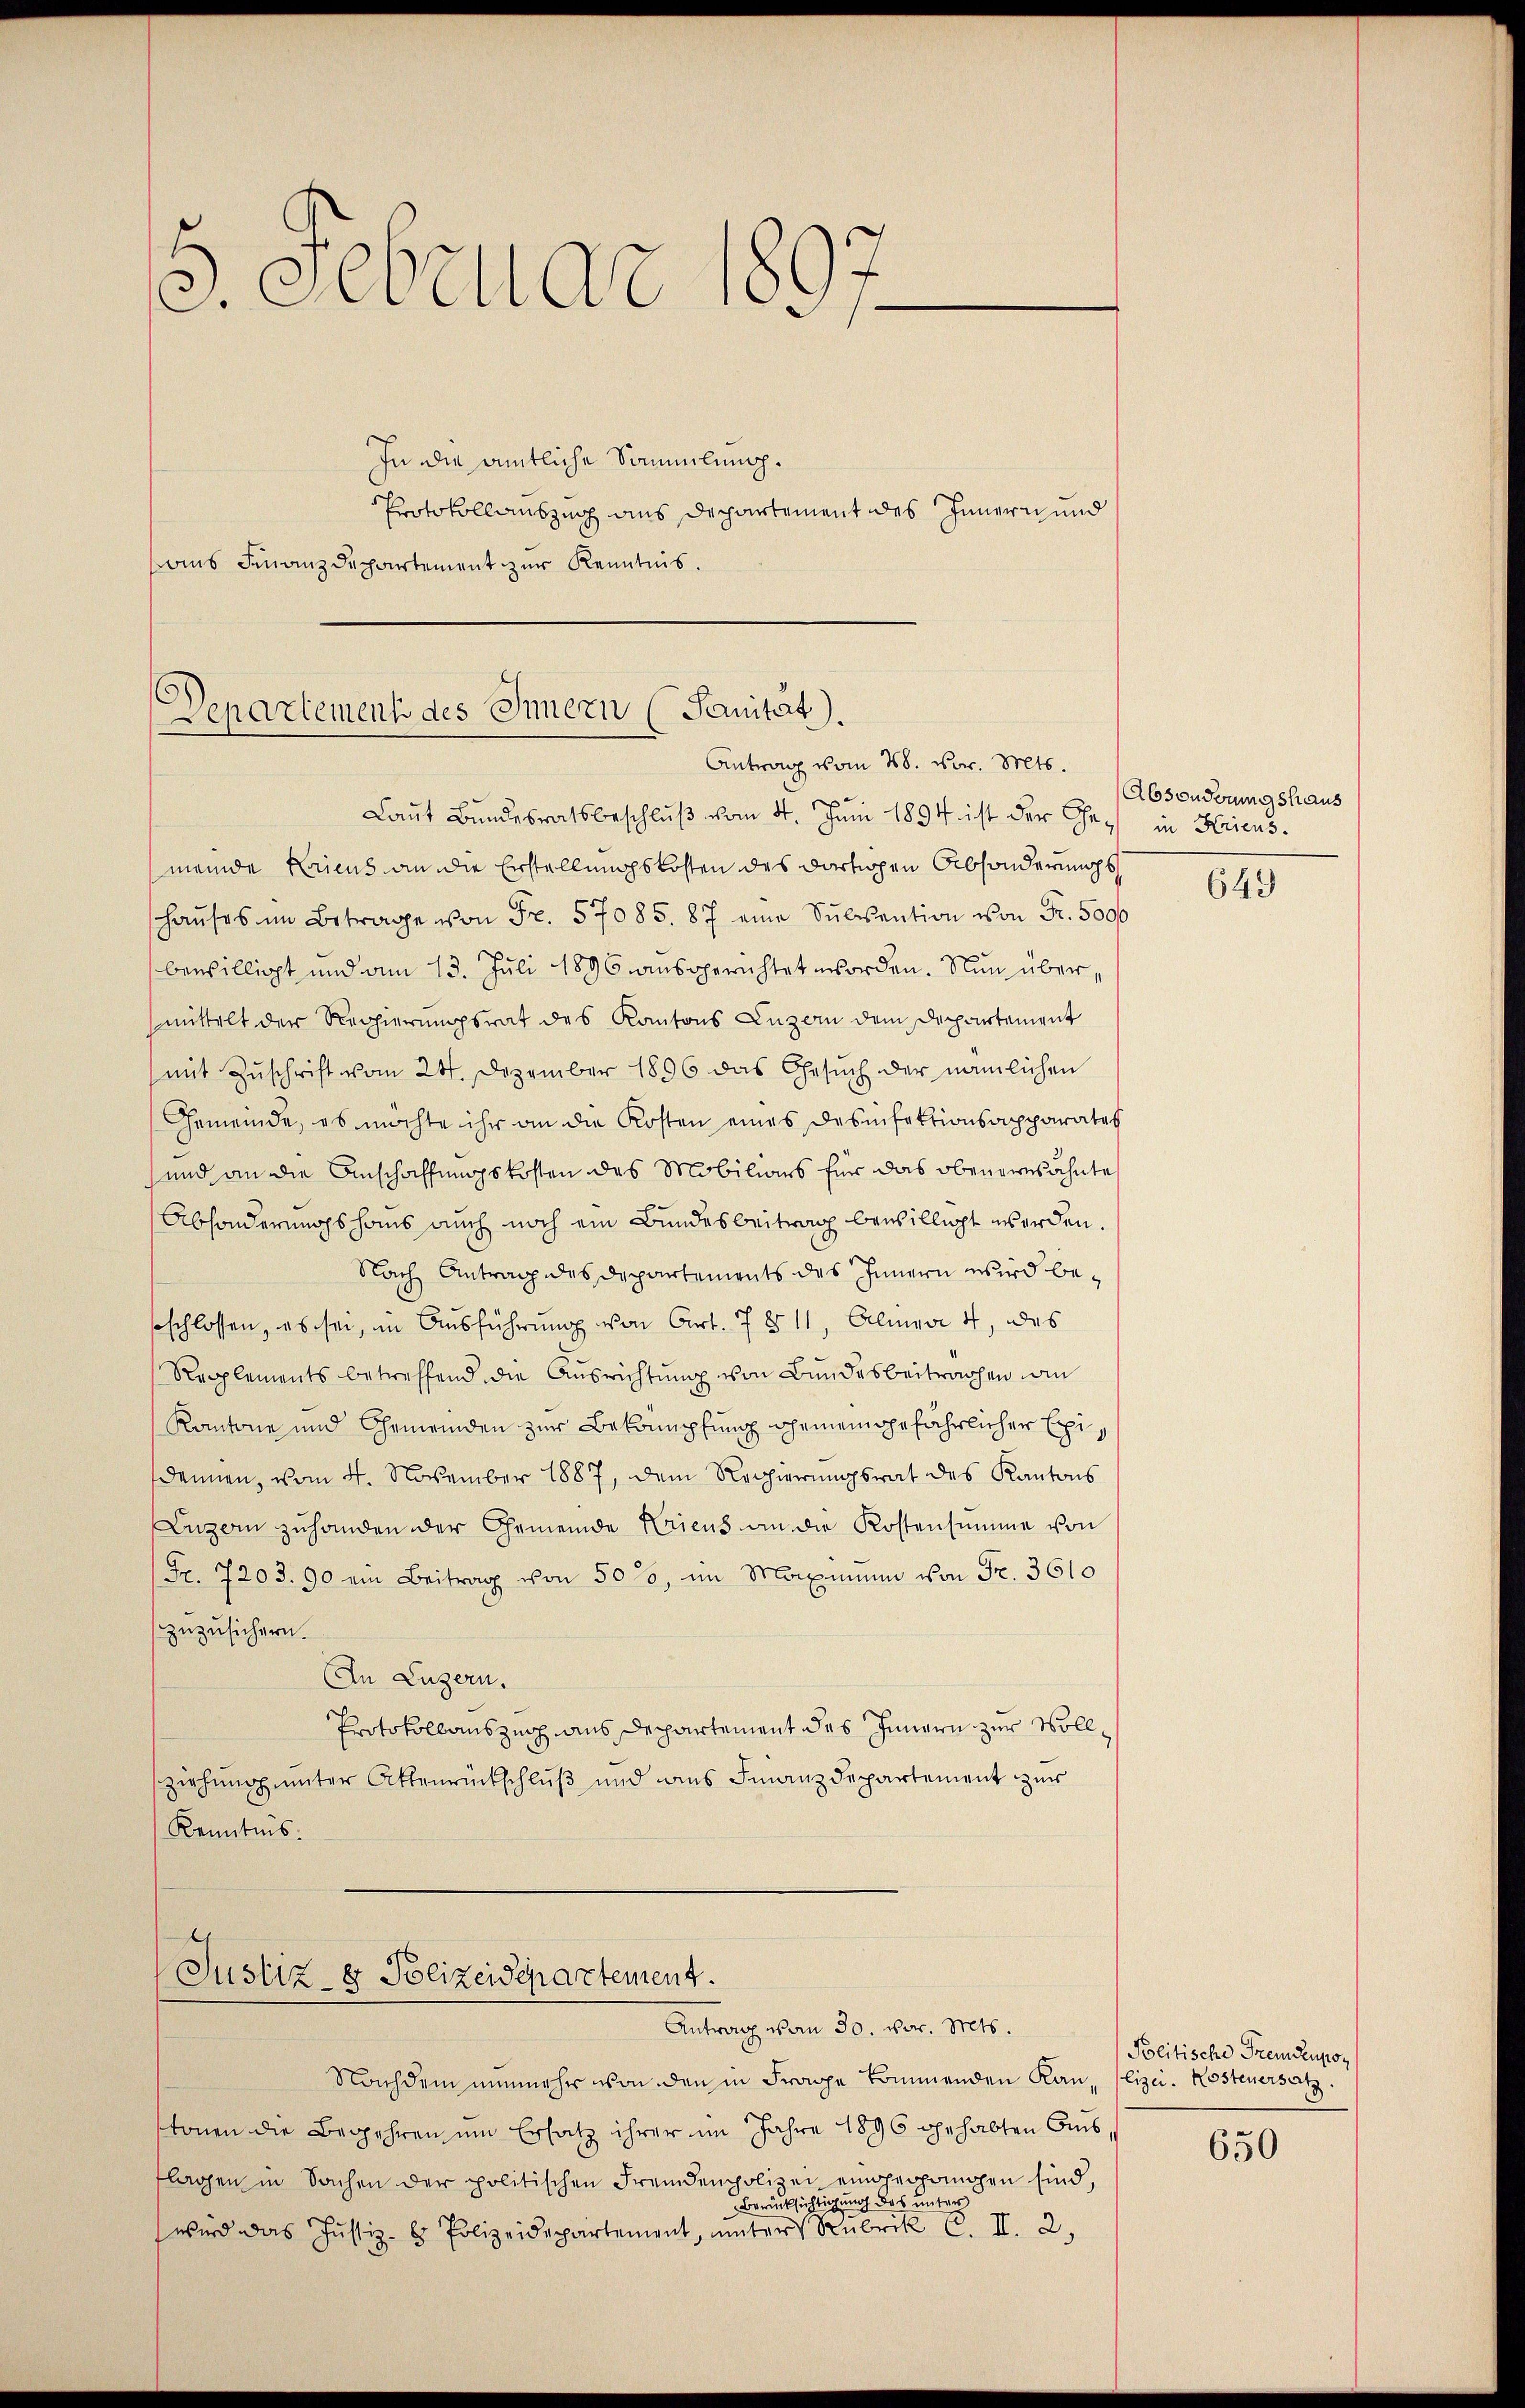
5. Februar 1897
In die amtliche Sammlung.
Protokollauszug aus Departement des Innern und
ans Finanzdepartement zur Kenntnis.

Departement des Innern (Sanitat.
Antrag vom 28. vor. Mts.

Laut Bundesratsbeschluß vom 4. Juni 1894 ist der Gemeinde Kriens an die Erstellungskosten des dartigen Absonderungs
haŭses im Betrage von Fr. 57085. 87 eine Sŭbvention von Fr. 5000
bewilligt und am 13. Juli 1896 ausgerichtet worden. Nun über,
mittelt der Regierungsrat des Kantons Luzern dem Departement
(mit Zuschrift vom 24. Dezember 1896 das Gesŭch der nämlichen
Gemeinde, es möchte ihr an die Kosten eines Desinfektionsapparates
.
und an die Anschaffungskosten des Mobiliars für das obengesähnte
Absonderungshaus auch noch ein Bundesbeitrag bewilligt werden
Nach Antrag des Departements des Innern wird beseschlossen, es sei, in Ausführung von Art. 7 § 11, Alma 4, das
Repplements betreffend die Ausrichtung von Bundesbeitrachen in
Kantone und Gemeinden zur Bekämpfung ehemein gefährlicher Exidenen, vom 4. November 1887, dem Regierungsrat des Kantons
Luzern zuhanden der Gemeinde Kriens an die Kostensumme von
(Fr. 7203. 90 ein Beitrag von 5000, im Maximum von Fr. 3610
zuzusichern.
In Luzern.
Protokollauszug aus Departement das Innern zur Vollziehung unter Ottenrückschluß und aus Finanzdepartement zur
Kenntnis.

Justiz- & Polizeidepartement.
Antrag von 30. vor. Mts.

Nachdem nunmehr von den in Frage kommenden Kan (lizei. Kosteuersatz
tonen die Begehren um Ersatz ihrer im Jahre 1896 gehabten Ausflagen in Sachen der politischen Fremdenpolizei eingegangen sind,
Berücksichtigung das unter
wird das Justiz- & Polizeidepartement, unter Rubrik C. II. 2.

Absonderungshaus
in Kriens.

649

Politische Fremdenpos

650